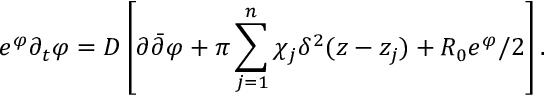
e ^ { \varphi } \partial _ { t } \varphi = D \left[ \partial \bar { \partial } \varphi + \pi \sum _ { j = 1 } ^ { n } \chi _ { j } \delta ^ { 2 } ( z - z _ { j } ) + R _ { 0 } e ^ { \varphi } / 2 \right] .